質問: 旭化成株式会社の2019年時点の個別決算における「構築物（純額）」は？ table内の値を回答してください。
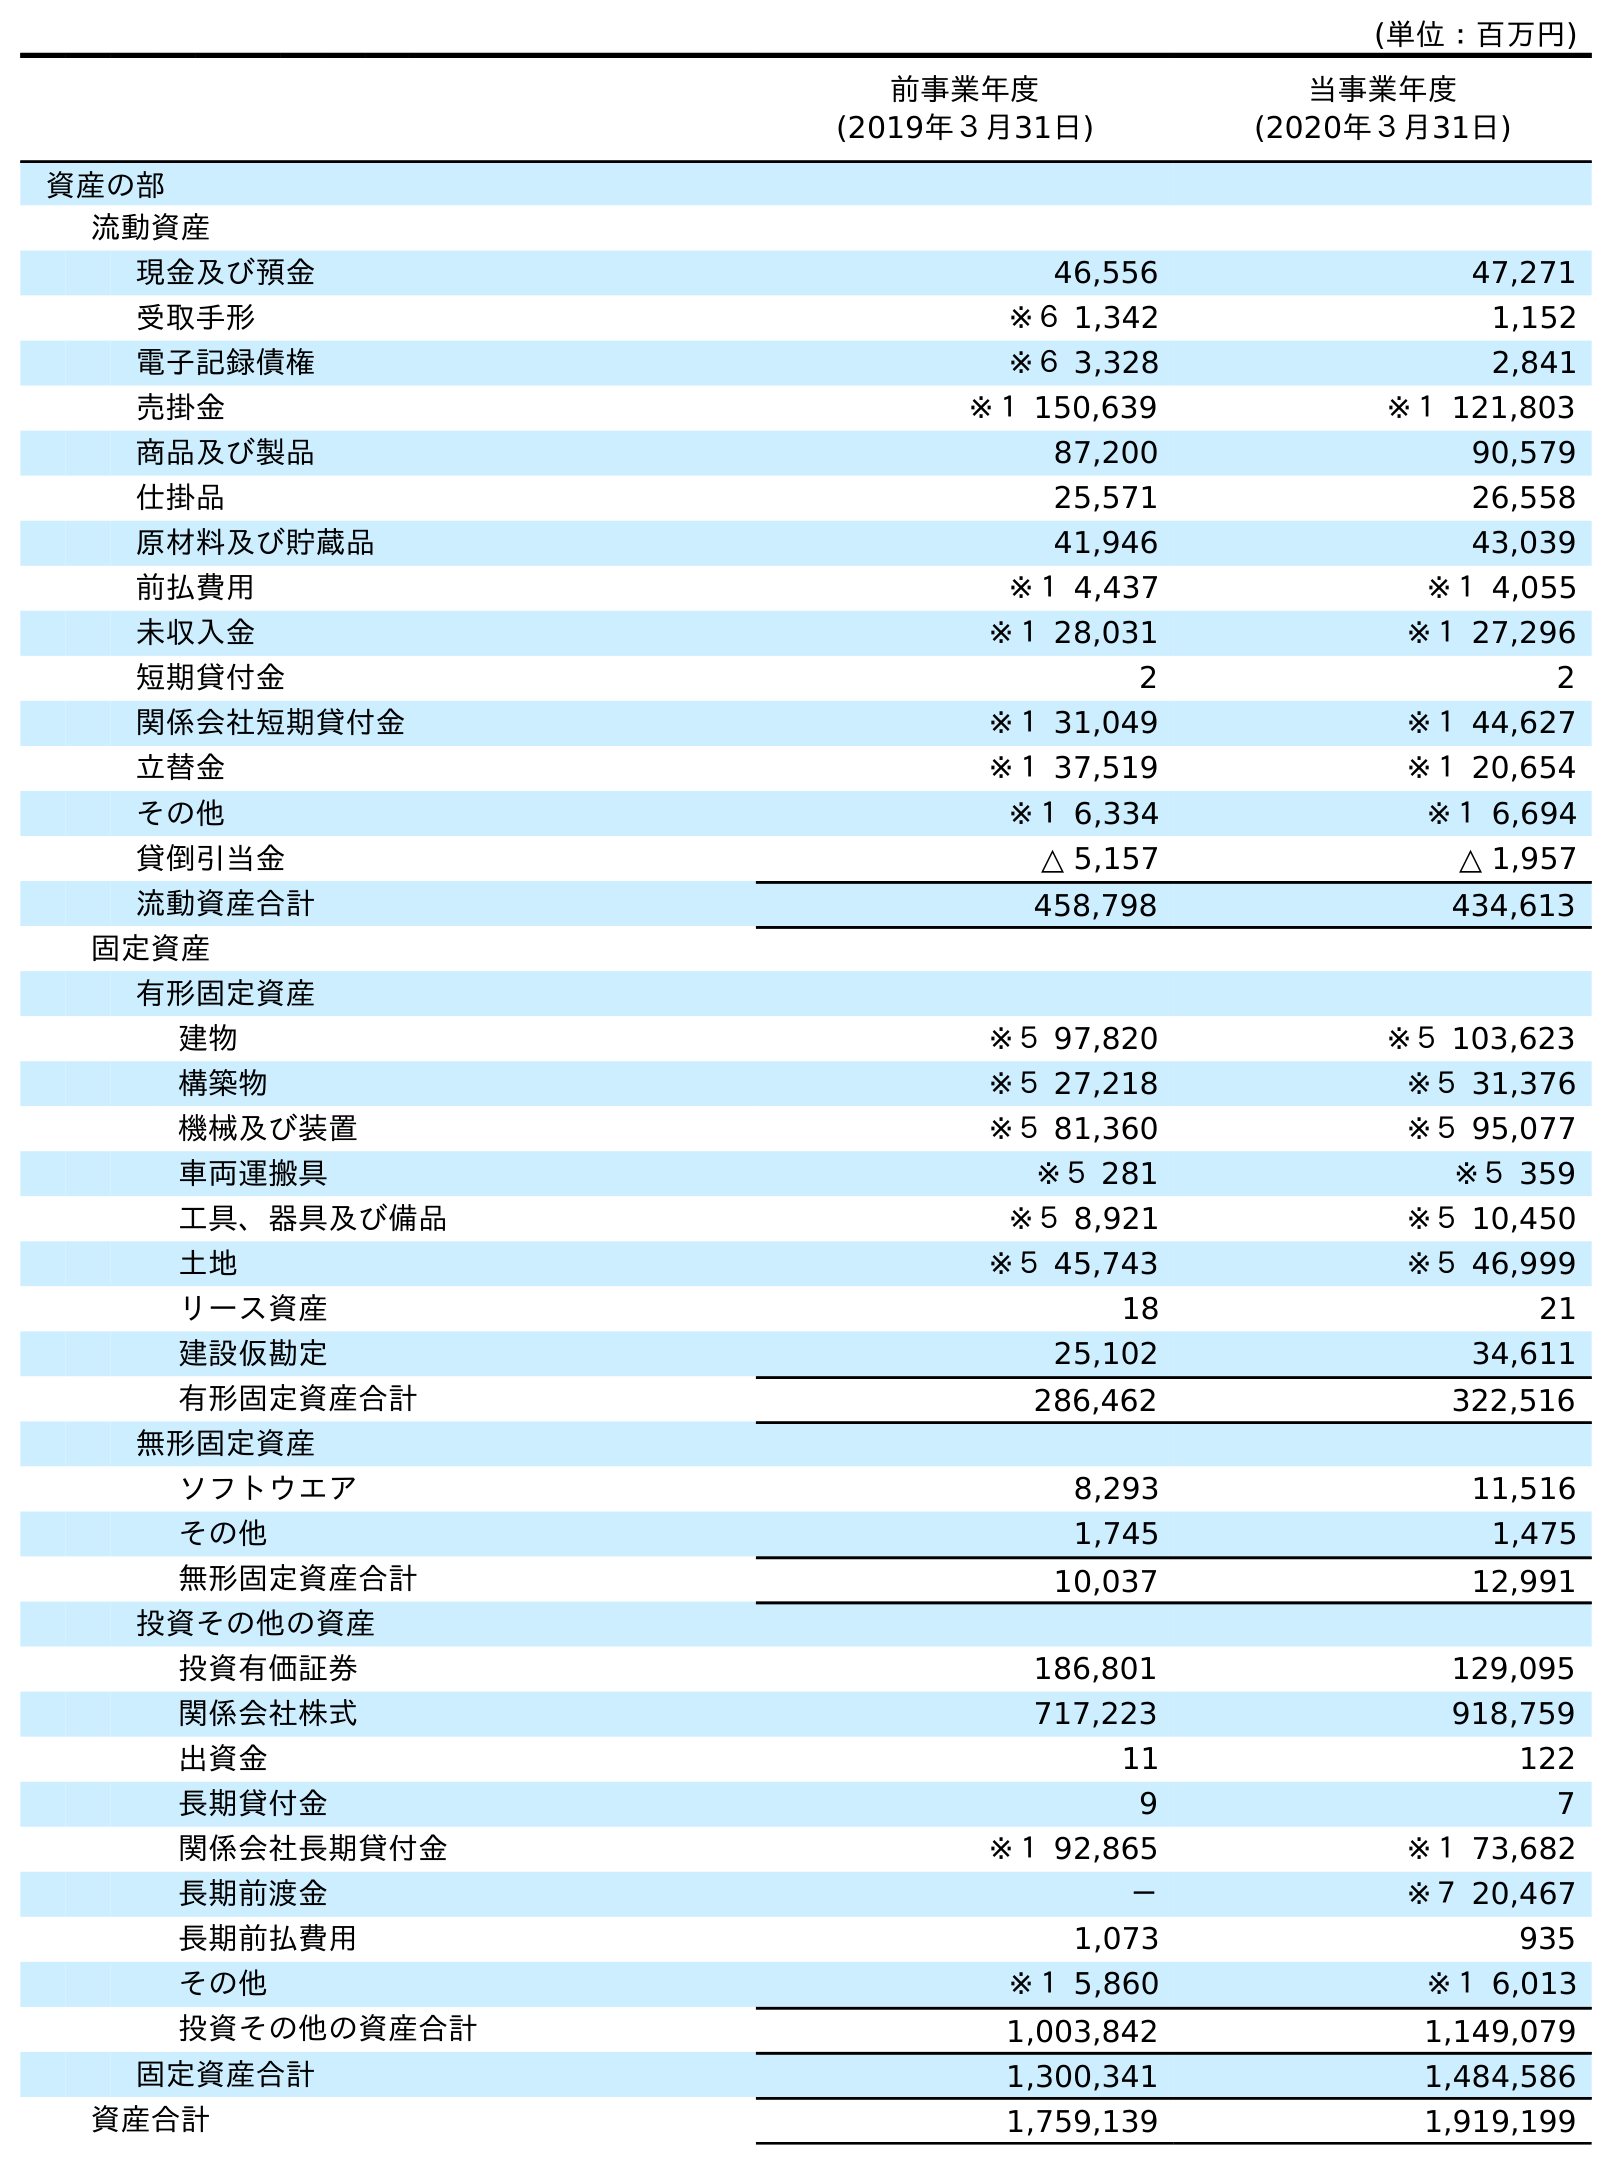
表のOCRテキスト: (単位：百万円) 前事業年度 (2019年３月31日) 当事業年度 (2020年３月31日) 資産の部 流動資産 現金及び預金 46,556 47,271 受取手形 ※６ 1,342 1,152 電子記録債権 ※６ 3,328 2,841 売掛金 ※１ 150,639 ※１ 121,803 商品及び製品 87,200 90,579 仕掛品 25,571 26,558 原材料及び貯蔵品 41,946 43,039 前払費用 ※１ 4,437 ※１ 4,055 未収入金 ※１ 28,031 ※１ 27,296 短期貸付金 2 2 関係会社短期貸付金 ※１ 31,049 ※１ 44,627 立替金 ※１ 37,519 ※１ 20,654 その他 ※１ 6,334 ※１ 6,694 貸倒引当金 △ 5,157 △ 1,957 流動資産合計 458,798 434,613 固定資産 有形固定資産 建物 ※５ 97,820 ※５ 103,623 構築物 ※５ 27,218 ※５ 31,376 機械及び装置 ※５ 81,360 ※５ 95,077 車両運搬具 ※５ 281 ※５ 359 工具、器具及び備品 ※５ 8,921 ※５ 10,450 土地 ※５ 45,743 ※５ 46,999 リース資産 18 21 建設仮勘定 25,102 34,611 有形固定資産合計 286,462 322,516 無形固定資産 ソフトウエア 8,293 11,516 その他 1,745 1,475 無形固定資産合計 10,037 12,991 投資その他の資産 投資有価証券 186,801 129,095 関係会社株式 717,223 918,759 出資金 11 122 長期貸付金 9 7 関係会社長期貸付金 ※１ 92,865 ※１ 73,682 長期前渡金 － ※７ 20,467 長期前払費用 1,073 935 その他 ※１ 5,860 ※１ 6,013 投資その他の資産合計 1,003,842 1,149,079 固定資産合計 1,300,341 1,484,586 資産合計 1,759,139 1,919,199
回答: ※５27,218